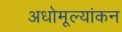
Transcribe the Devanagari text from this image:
अधोमूल्यांकन